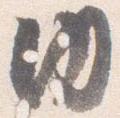
内